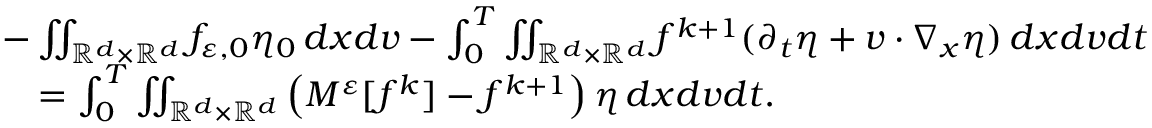
\begin{array} { r l } & { - \iint _ { \mathbb R ^ { d } \times \mathbb R ^ { d } } f _ { \varepsilon , 0 } \eta _ { 0 } \, d x d v - \int _ { 0 } ^ { T } \iint _ { \mathbb R ^ { d } \times \mathbb R ^ { d } } f ^ { k + 1 } ( \partial _ { t } \eta + v \cdot \nabla _ { x } \eta ) \, d x d v d t } \\ & { \quad = \int _ { 0 } ^ { T } \iint _ { \mathbb R ^ { d } \times \mathbb R ^ { d } } \left( M ^ { \varepsilon } [ f ^ { k } ] - f ^ { k + 1 } \right) \eta \, d x d v d t . } \end{array}